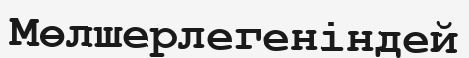
Мөлшерлегеніндей